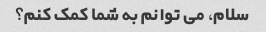
سلام، می توانم به شما کمک کنم؟